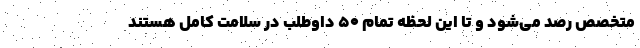
متخصص رصد می‌شود و تا این لحظه تمام ۵۰ داوطلب در سلامت کامل هستند